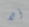
ألا